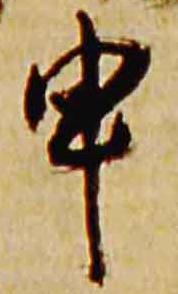
申